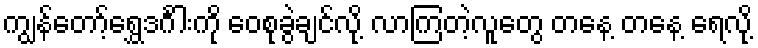
ကျွန်တော့်ရွှေဒင်္ဂါးကို ဝေစုခွဲချင်လို့ လာကြတဲ့လူတွေ တနေ့ တနေ့ ရေလို့